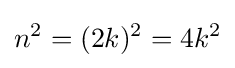
n^{2}=(2k)^{2}=4k^{2}